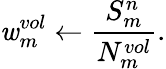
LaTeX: \mathit{w}_{m}^{vol}\leftarrow\frac{{S_{m}^{n}}}{{N_{m}^{vol}}}.